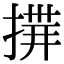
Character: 𢰎